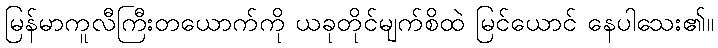
မြန်မာကူလီကြီးတယောက်ကို ယခုတိုင်မျက်စိထဲ မြင်ယောင် နေပါသေး၏။